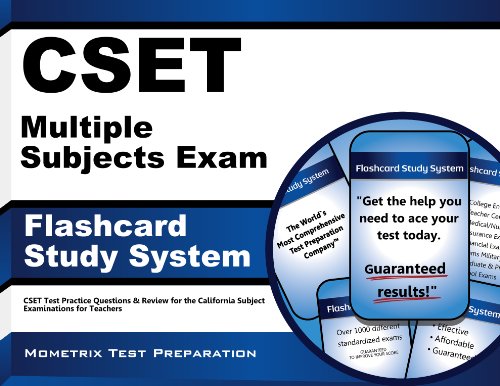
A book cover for CSET Multiple Subjects Exam Flashcard Study System: CSET Test Practice Questions & Review for the California Subject Examinations for Teachers (Cards); CSET Exam Secrets Test Prep Team; Education & Teaching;